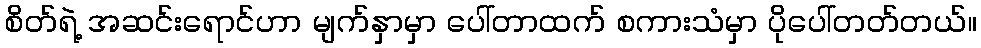
စိတ်ရဲ့ အဆင်းရောင်ဟာ မျက်နှာမှာ ပေါ်တာထက် စကားသံမှာ ပိုပေါ်တတ်တယ်။